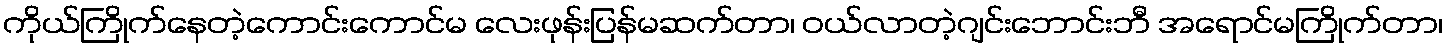
ကိုယ်ကြိုက်နေတဲ့ကောင်းကောင်မ လေးဖုန်းပြန်မဆက်တာ၊ ဝယ်လာတဲ့ဂျင်းဘောင်းဘီ အရောင်မကြိုက်တာ၊